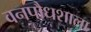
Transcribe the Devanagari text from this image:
वनपौधशाला